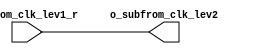
// DESCRIPTION: Verilator: Verilog Test module
//
// This file ONLY is placed into the Public Domain, for any use,
// without warranty, 2003 by Wilson Snyder.

module t_order_b (/*AUTOARG*/
   // Outputs
   o_subfrom_clk_lev2,
   // Inputs
   m_from_clk_lev1_r
   );

   input  [7:0] m_from_clk_lev1_r;
   output [7:0] o_subfrom_clk_lev2;

   wire [7:0] o_subfrom_clk_lev2 = m_from_clk_lev1_r;

endmodule